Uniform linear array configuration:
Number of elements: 48
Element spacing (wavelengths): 1
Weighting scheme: hann
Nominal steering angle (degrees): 60
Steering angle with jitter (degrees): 60.611
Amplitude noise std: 0.05
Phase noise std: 0.05

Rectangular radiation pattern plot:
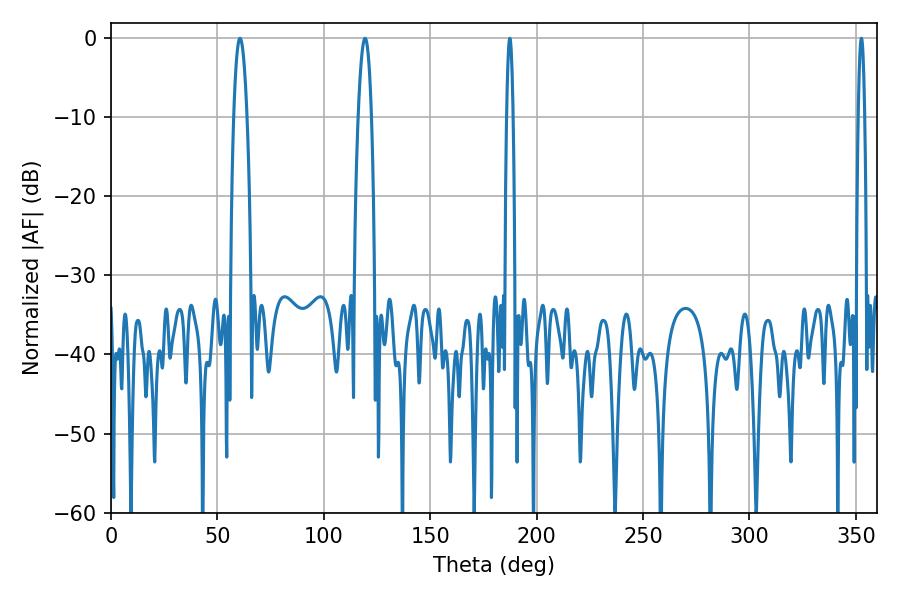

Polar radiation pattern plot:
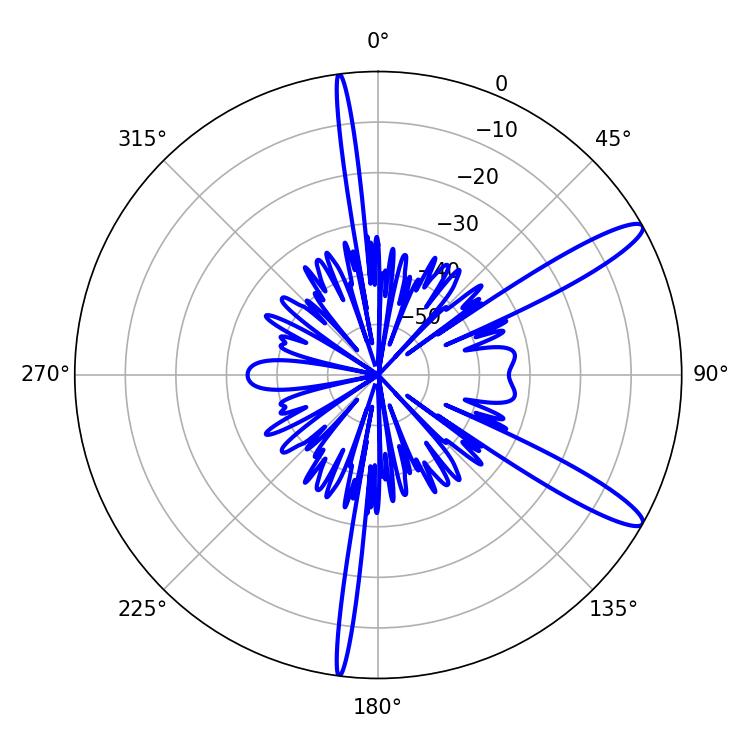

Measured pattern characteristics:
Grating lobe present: TRUE
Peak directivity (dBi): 12.766
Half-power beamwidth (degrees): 1.44
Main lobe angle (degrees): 187.38